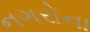
નગરોના